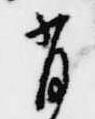
有